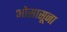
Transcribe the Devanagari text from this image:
ओसासूना